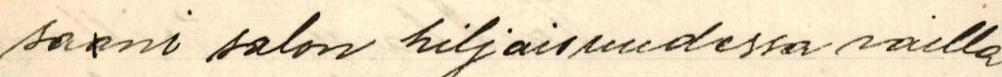
saani salon hiljaisuudessa vailla